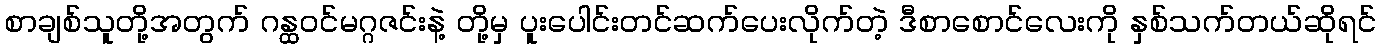
စာချစ်သူတို့အတွက် ဂန္ထဝင်မဂ္ဂဇင်းနဲ့ တို့မှ ပူးပေါင်းတင်ဆက်ပေးလိုက်တဲ့ ဒီစာစောင်လေးကို နှစ်သက်တယ်ဆိုရင်